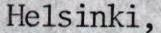
Helsinki,